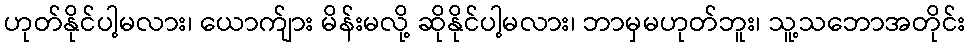
ဟုတ်နိုင်ပါ့မလား၊ ယောက်ျား မိန်းမလို့ ဆိုနိုင်ပါ့မလား၊ ဘာမှမဟုတ်ဘူး၊ သူ့သဘောအတိုင်း